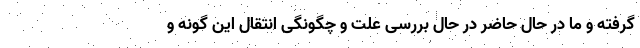
گرفته و ما در حال حاضر در حال بررسی علت و چگونگی انتقال این گونه و